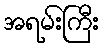
အရမ်းကြီး